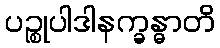
ပဉ္စုပါဒါနက္ခန္ဓာတိ